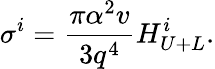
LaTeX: \sigma^{i}=\frac{\pi\alpha^{2}v}{3q^{4}}H_{U+L}^{i}.